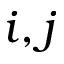
i , j